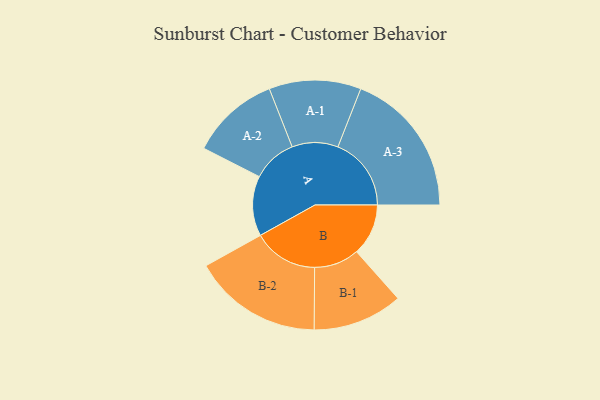
{"axis": {"x": "Segment", "y": "Value"}, "legend": ["", "A", "B"], "data": [{"x": "A", "y": 239, "type": ""}, {"x": "B", "y": 206, "type": ""}, {"x": "A-1", "y": 183, "type": "A"}, {"x": "A-2", "y": 177, "type": "A"}, {"x": "A-3", "y": 292, "type": "A"}, {"x": "B-1", "y": 179, "type": "B"}, {"x": "B-2", "y": 258, "type": "B"}]}